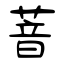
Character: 萻